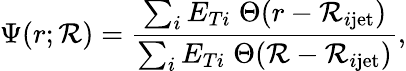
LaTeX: \Psi(r;\mathcal{R})=\frac{{\sum_{i}E_{Ti}\; \Theta(r-\mathcal{R}_{i\mathrm{{jet}}})}}{{\sum_{i}E_{Ti}\; \Theta(\mathcal{R}-\mathcal{R}_{i\mathrm{{jet}}})}},